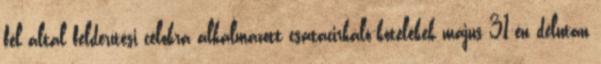
fél által felderítési célokra alkalmazott csatacirkáló-kötelékek május 31-én délután